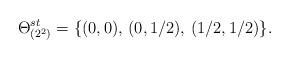
LaTeX: \begin{align*}\Theta _{(2^2)}^{st}=\{(0,0),\, (0,1/2),\, (1/2,1/2)\}.\end{align*}